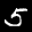
Label: 5